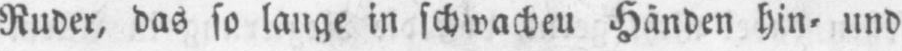
Ruder, das so lange in schwachen Händen hin⸗ und